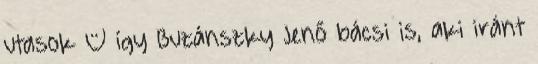
utasok – így Buzánszky Jenő bácsi is, aki iránt